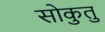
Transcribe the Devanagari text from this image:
सोकुतु